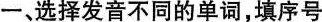
一、选择发音不同的单词,填序号